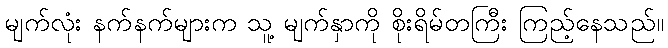
မျက်လုံး နက်နက်များက သူ့ မျက်နှာကို စိုးရိမ်တကြီး ကြည့်နေသည်။